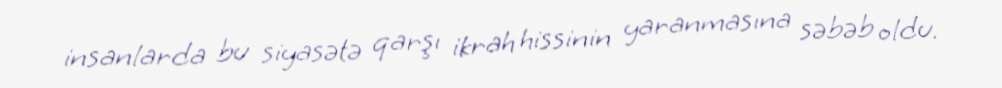
insanlarda bu siyasətə qarşı ikrah hissinin yaranmasına səbəb oldu.